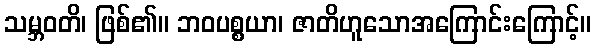
သမ္ဘဝတိ၊ ဖြစ်၏။ ဘဝပစ္စယာ၊ ဇာတိဟူသောအကြောင်းကြောင့်။